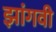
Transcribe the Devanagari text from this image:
झांगवी